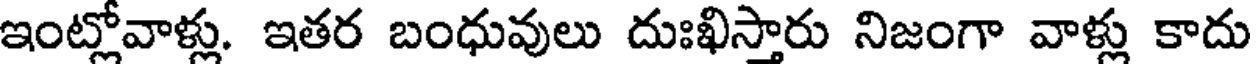
ఇంట్లోవాళ్లు. ఇతర బంధువులు దుఃఖిస్తారు నిజంగా వాళ్లు కాదు